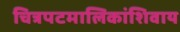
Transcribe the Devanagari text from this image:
चित्रपटमालिकांशिवाय